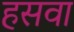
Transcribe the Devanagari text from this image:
हसवा